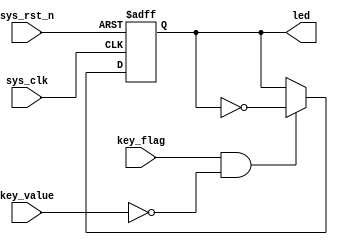

module led(
    input       sys_clk,
    input       sys_rst_n,

    input       key_flag,
    input       key_value,
    output   reg   led
);

always @(posedge sys_clk  or negedge sys_rst_n )begin
    if(!sys_rst_n)
        led <= 1'b1;
    else if (key_flag && (~key_value))
        led <= ~led;
end

endmodule